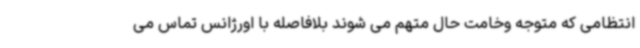
انتظامی که متوجه وخامت حال متهم می شوند بلافاصله با اورژانس تماس می